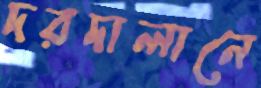
দরদালানে